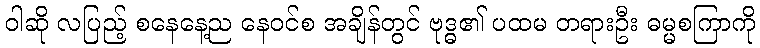
ဝါဆို လပြည့် စနေနေ့ည နေဝင်စ အချိန်တွင် ဗုဒ္ဓ၏ ပထမ တရားဦး ဓမ္မစကြာကို